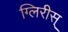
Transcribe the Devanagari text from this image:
ग्लिरीस्